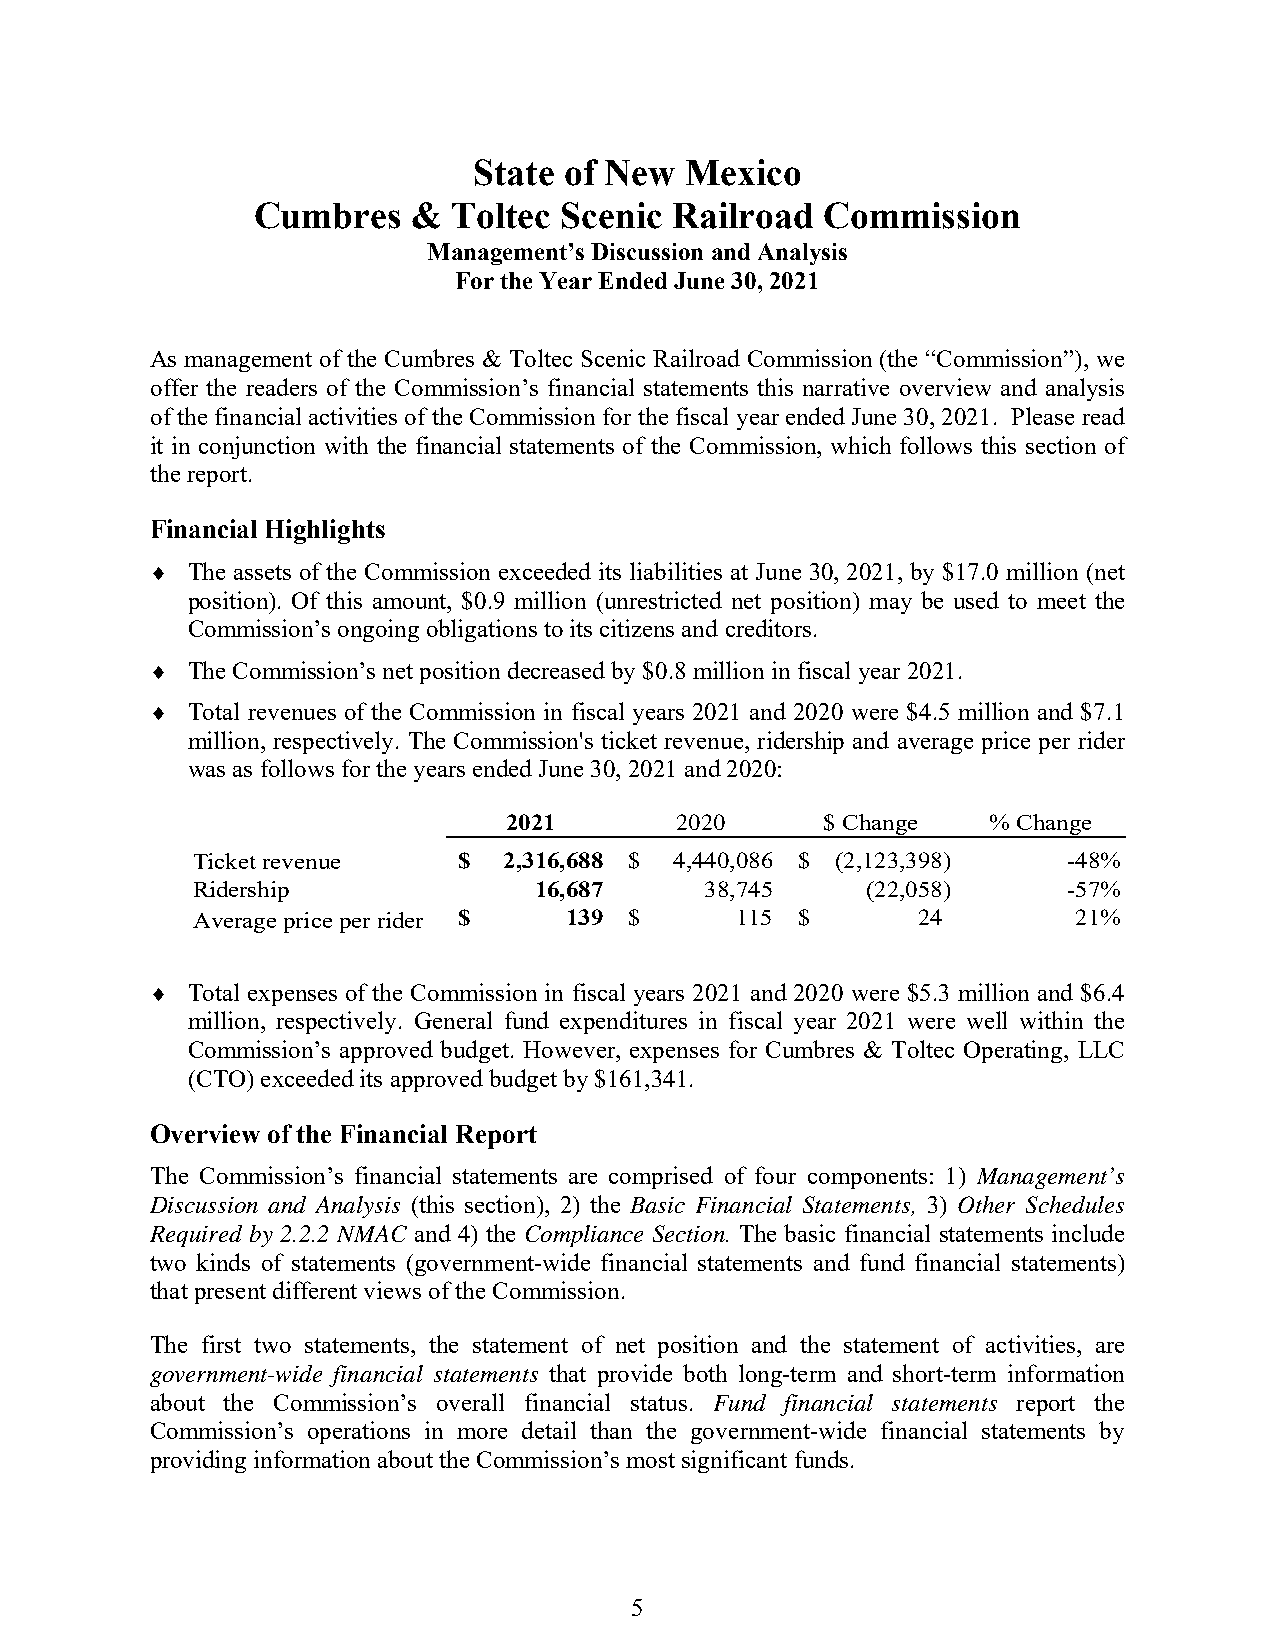
State of New  Mexico
 Cumbres   &  Toltec Scenic  Railroad  Commission
 Management’s Discussion and Analysis
 For the Year Ended June 30, 2021
 As management of the Cumbres & Toltec Scenic Railroad Commission (the “Commission”), we
 offer the readers of the Commission’s financial statements this narrative overview and analysis
 of the financial activities of the Commission for the fiscal year ended June 30, 2021. Please read
 it in conjunction with the financial statements of the Commission, which follows this section of
 the report.
 Financial Highlights
  The assets of the Commission exceeded its liabilities at June 30, 2021, by $17.0 million (net
 position). Of this amount, $0.9 million (unrestricted net position) may be used to meet the
 Commission’s ongoing obligations to its citizens and creditors.
  The Commission’s net position decreased by $0.8 million in fiscal year 2021.
  Total revenues of the Commission in fiscal years 2021 and 2020 were $4.5 million and $7.1
 million, respectively. The Commission's ticket revenue, ridership and average price per rider
 was as follows for the years ended June 30, 2021 and 2020:
 2021        2020      $ Change  % Change
 Ticket revenue   $  2,316,688 $ 4,440,086 $ ( 2,123,398)  -48%
 Ridership             16,687      38,745    ( 22,058)     -57%
 Average price per rider $ 139 $     115 $       24        21%
  Total expenses of the Commission in fiscal years 2021 and 2020 were $5.3 million and $6.4
 million, respectively. General fund expenditures in fiscal year 2021 were well within the
 Commission’s approved budget. However, expenses for Cumbres & Toltec Operating, LLC
 (CTO) exceeded its approved budget by $161,341.
 Overview of the Financial Report
 The Commission’s financial statements are comprised of four components: 1) Management’s
 Discussion and Analysis (this section), 2) the Basic Financial Statements, 3) Other Schedules
 Required by 2.2.2 NMAC and 4) the Compliance Section. The basic financial statements include
 two kinds of statements (government-wide financial statements and fund financial statements)
 that present different views of the Commission.
 The first two statements, the statement of net position and the statement of activities, are
 government-wide financial statements that provide both long-term and short-term information
 about the Commission’s overall financial status. Fund financial statements report the
 Commission’s operations in more detail than the government-wide financial statements by
 providing information about the Commission’s most significant funds.
 5